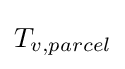
T_{v,parcel}